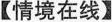
【情境在线】